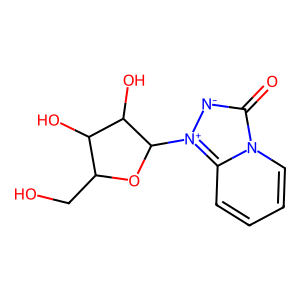
SMILES: O=c1[n-][n+](C2OC(CO)C(O)C2O)c2ccccn12
Inhibits HIV replication: No